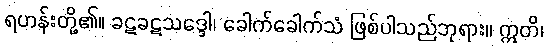
ရဟန်းတို့၏။ ခဋခဋသဒ္ဒေါ၊ ခေါက်ခေါက်သံ ဖြစ်ပါသည်ဘုရား။ ဣတိ၊